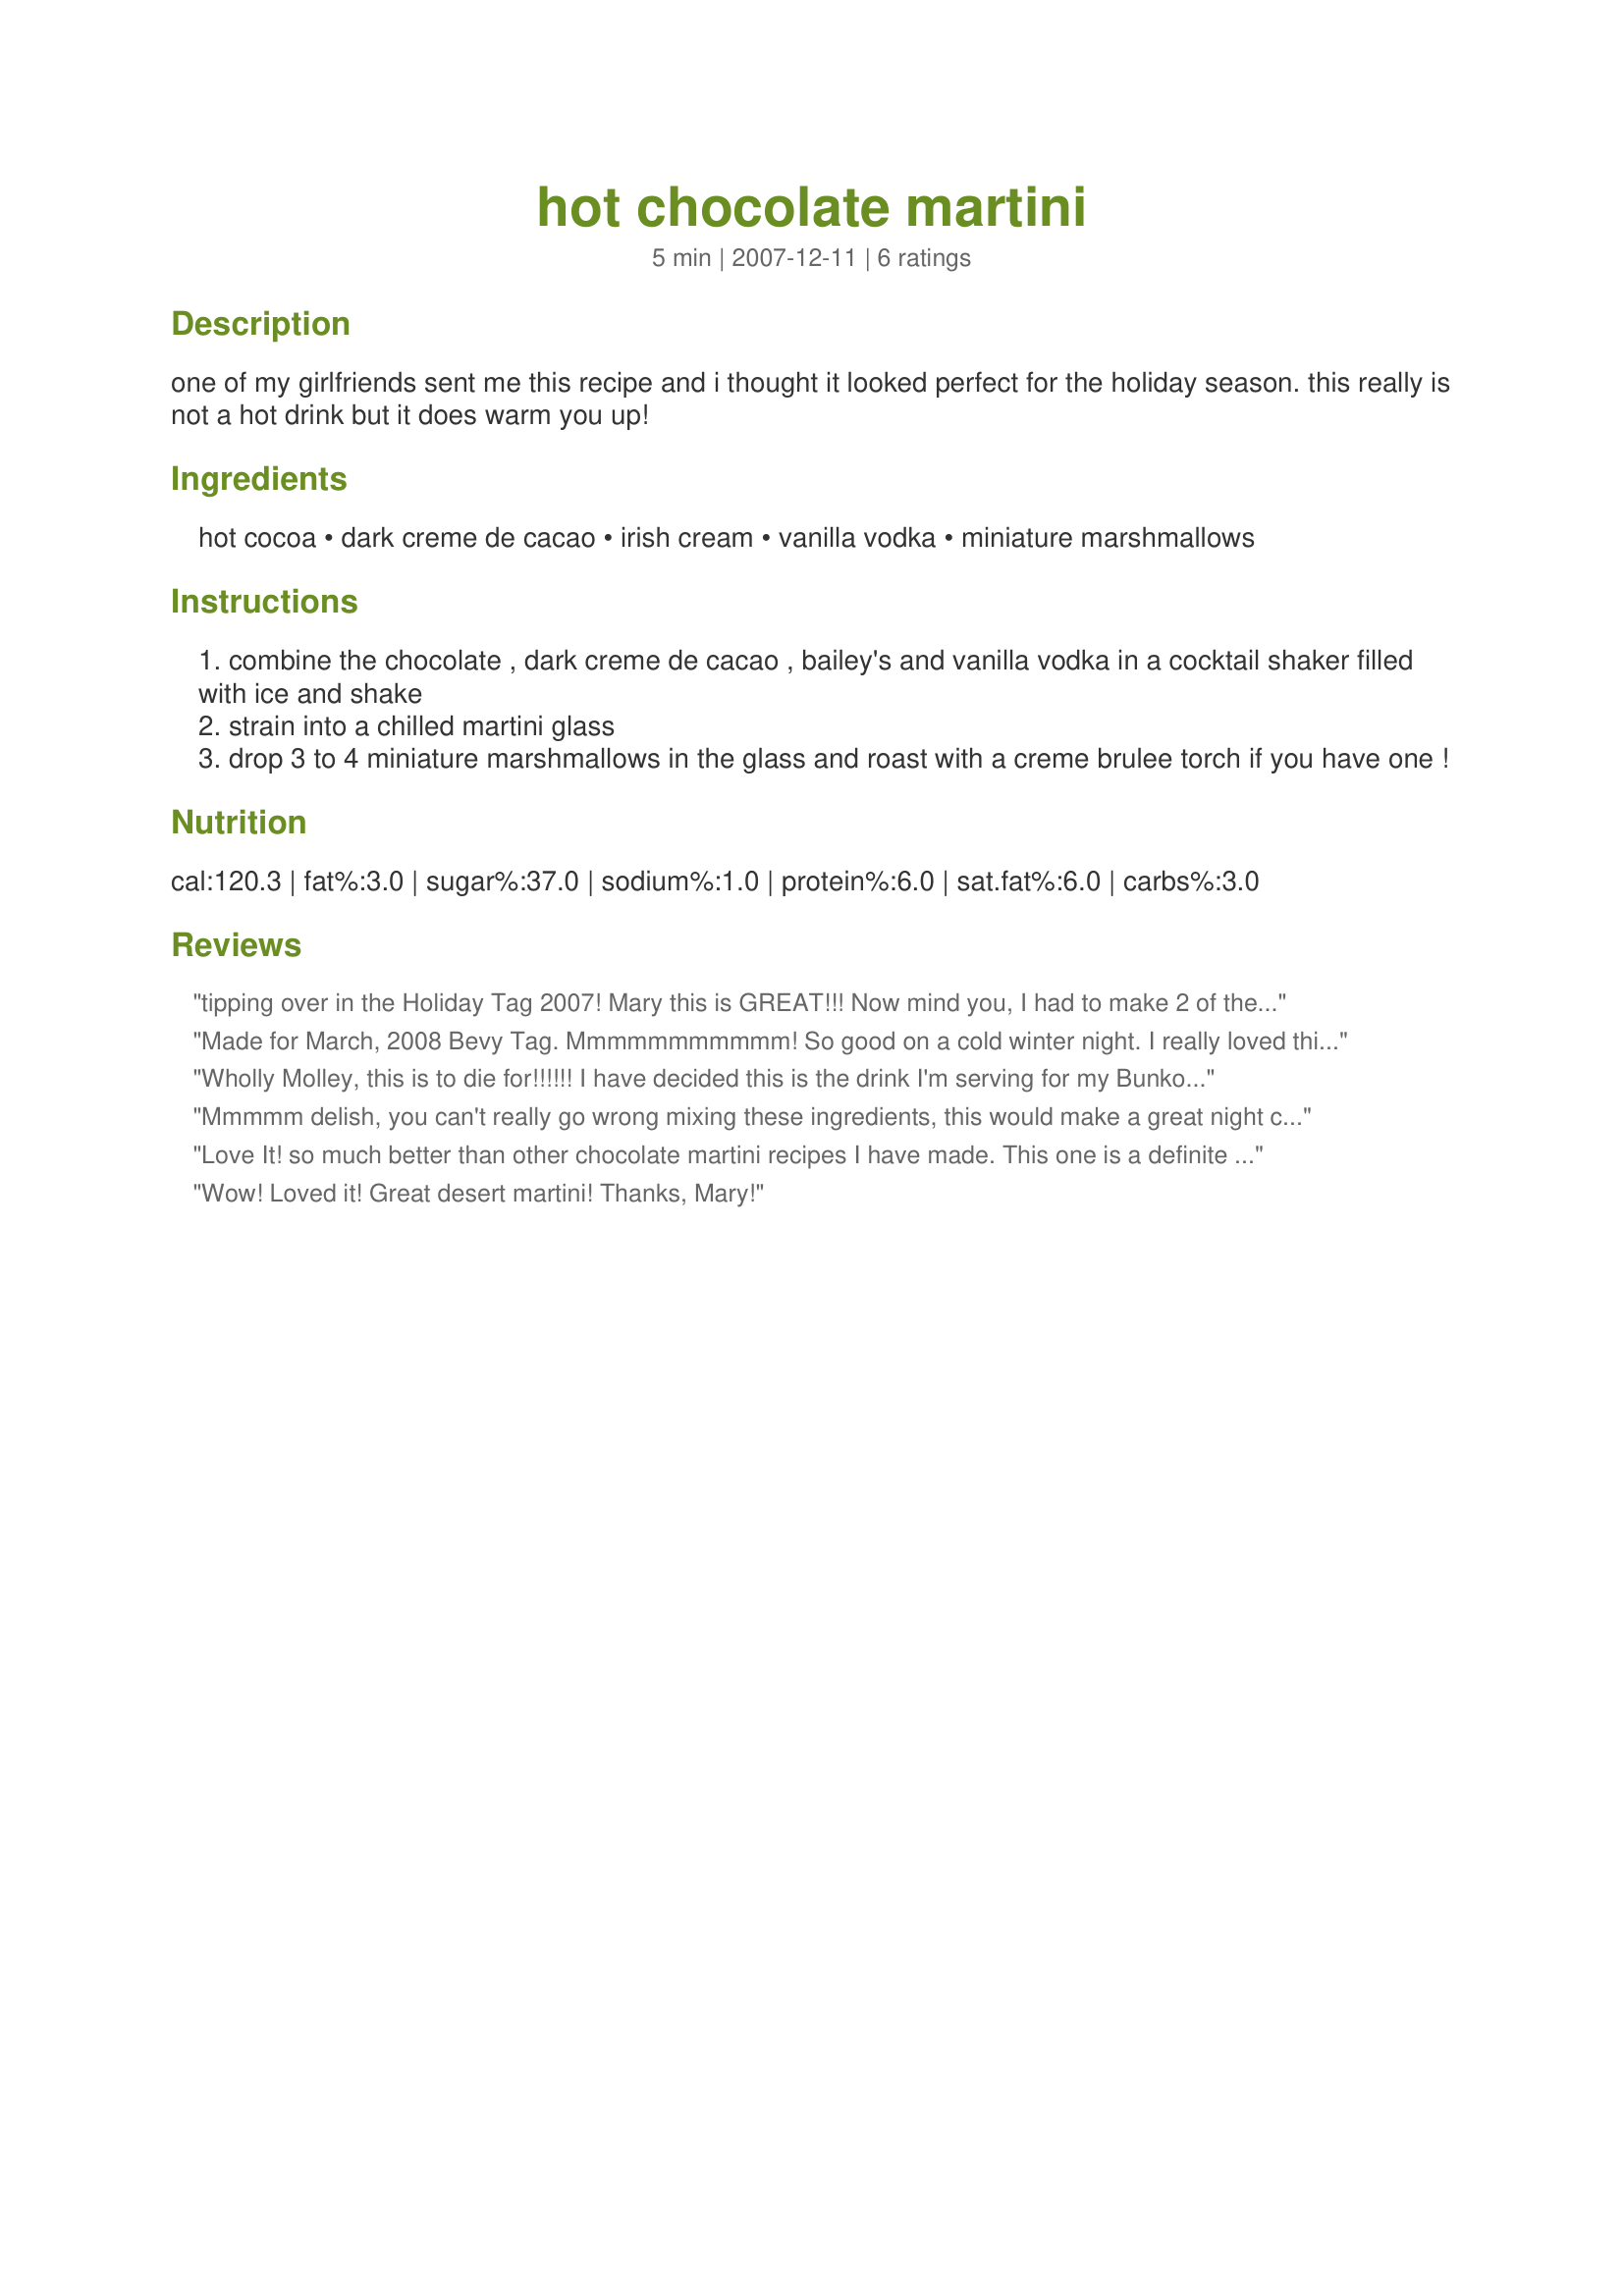
hot chocolate martini
Preparation time: 5 minutes

one of my girlfriends sent me this recipe and i thought it looked perfect for the holiday season. this really is not a hot drink but it does warm you up!

Ingredients:
hot cocoa, dark creme de cacao, irish cream, vanilla vodka, miniature marshmallows

Steps:
combine the chocolate , dark creme de cacao , bailey's and vanilla vodka in a cocktail shaker filled with ice and shake
strain into a chilled martini glass
drop 3 to 4 miniature marshmallows in the glass and roast with a creme brulee torch if you have one !

Reviews:
tipping over in the Holiday Tag 2007! Mary this is GREAT!!! Now mind you, I had to make 2 of them to really get it down pat. :-) I did not have vanilla vodka so subbed in vodka and 1/8 tsp vanilla for the taste. Yep because of the subbed I tried it twice! Great on a snowy weekend at home.
Made for March, 2008 Bevy Tag. Mmmmmmmmmmm! So good on a cold winter night. I really loved this drink. Thanks for sharing such a great recipe, Mary.
Wholly Molley, this is to die for!!!!!! I have decided this is the drink I'm serving for my Bunko Babes.I'm sure they will love it as much as I do.And if they don't that is even more for me hee hee!!!! THANX
Mmmmm delish, you can't really go wrong mixing these ingredients, this would make a great night cap. You'll sleep like a baby having one of these before bed. Oh so yummy!
Love It! so much better than other chocolate martini recipes I have made. This one is a definite keeper!
Wow! Loved it! Great desert martini! Thanks, Mary!
